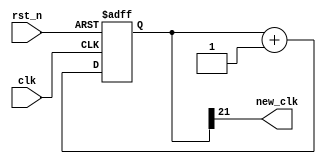
module clk_div(new_clk, clk, rst_n);
	output new_clk;
	input clk, rst_n;
	reg [31:0] num;
	always @(posedge clk or negedge rst_n) begin
		if (!rst_n) num <= 0;
		else num <= num+1;
	end
	assign new_clk = num[21] ;
endmodule